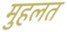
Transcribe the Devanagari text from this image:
मुहलत